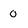
Character: 0